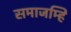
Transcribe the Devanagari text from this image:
समाजम्हि